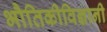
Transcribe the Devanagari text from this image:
भौतिकीविज्ञानी